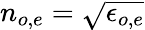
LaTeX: n_{o,e}=\sqrt{\epsilon_{o,e}}